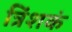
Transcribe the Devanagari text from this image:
त्रिंशकं